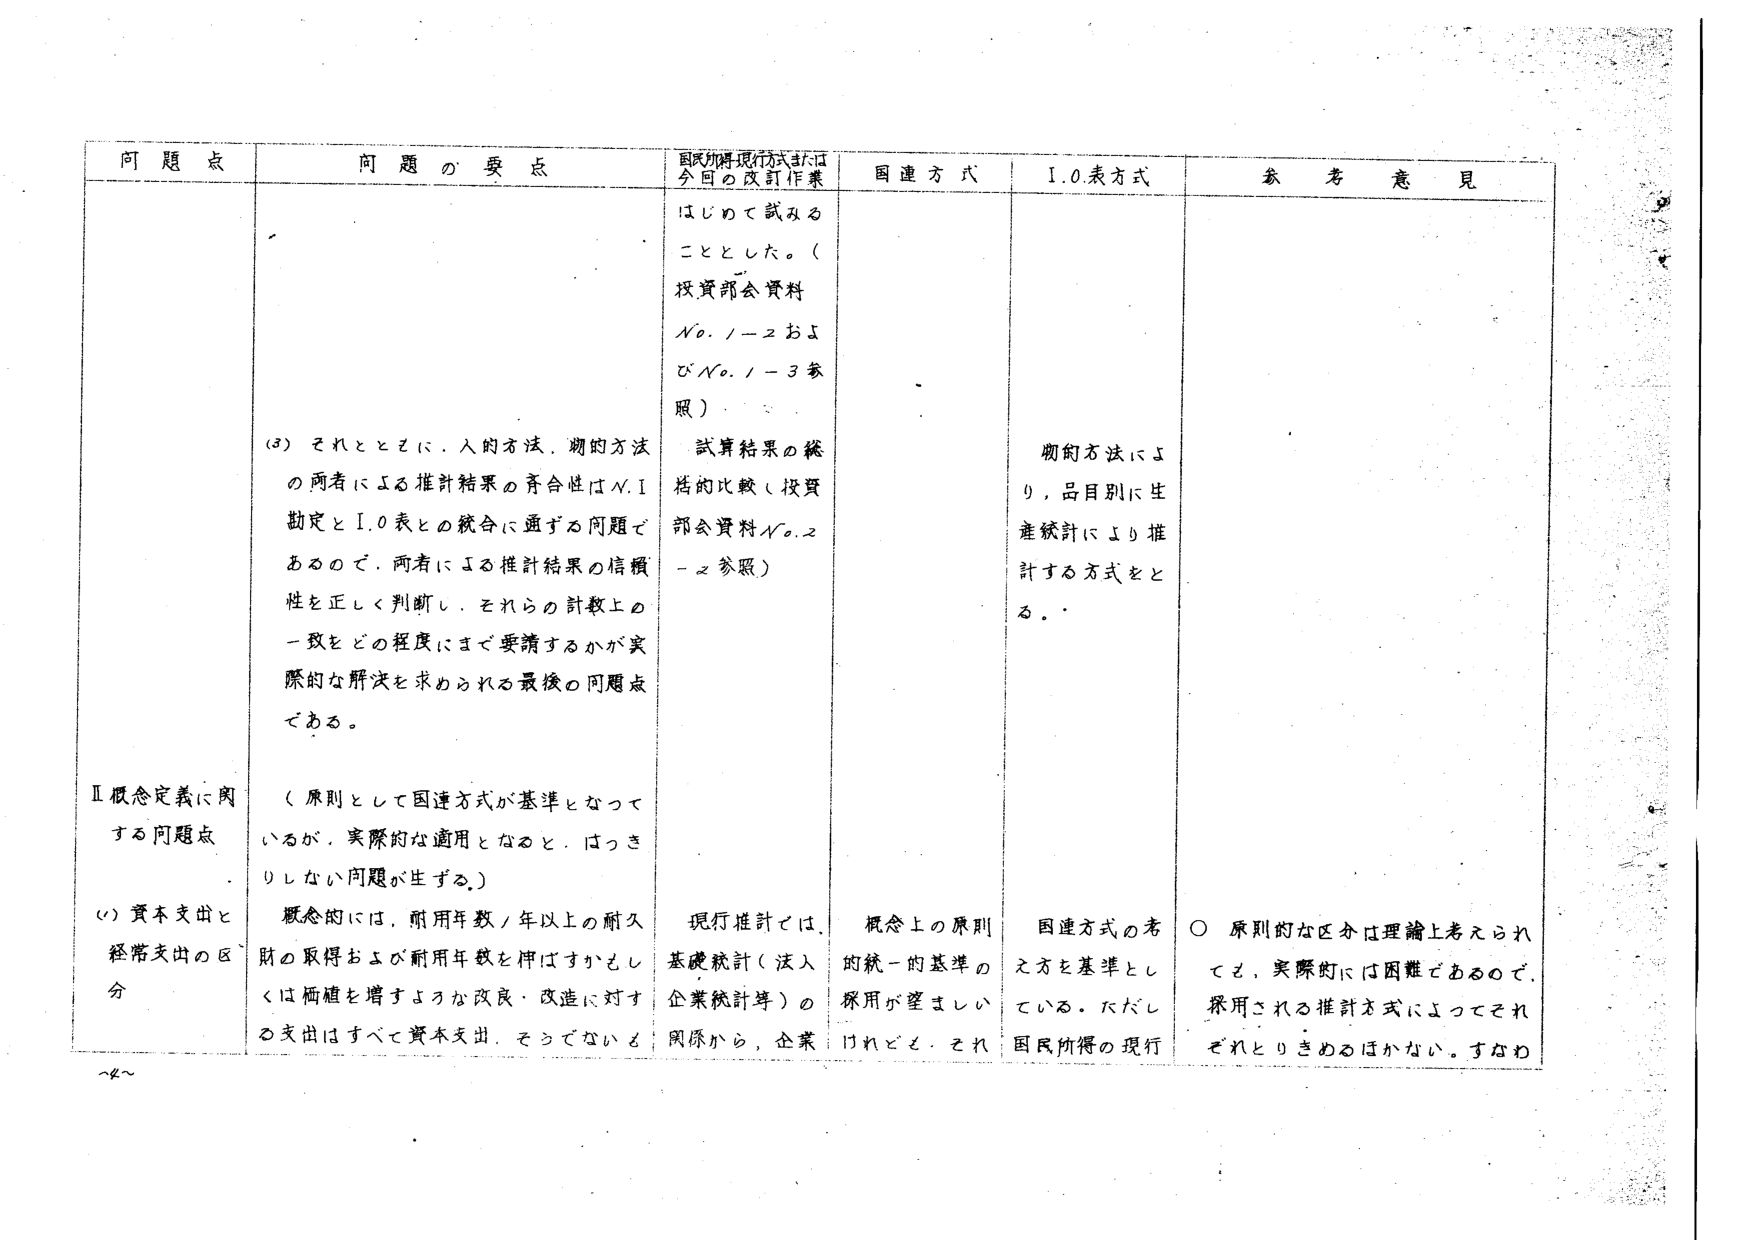
問題点 問題の要点 国民所得現行方式または今回の改訂作業 国連方式 I.O.表方式 参考意見 はじめて試みることとした。(投資部会資料No.1-2およびNo.1-3参照) (3) それとともに、人的方法、物的方法の両者による推計結果の斉合性はN.I勘定とI.O表との統合に通ずる問題であるので、両者による推計結果の信頼性を正しく判断し、それらの計数上の一致をどの程度にまで要請するかが実際的な解決を求められる最後の問題点である。 試算結果の総括的比較(投資部会資料No.2-2参照) 物的方法により、品目別に生産統計により推計する方式をとる。 Ⅱ概念定義に関する問題点 (i) 資本支出と経常支出の区分 (原則として国連方式が基準となって いるが、実際的な適用となると、はっきりしない問題が生ずる。) 概念的には、耐用年数1年以上の耐久財の取得および耐用年数を伸ばすか、もしくは価値を増すような改良・改造に対する支出はすべて資本支出、そうでない支出は経常支出とされる。 現行推計では、基礎統計(法人企業統計等)の関係から、企業 概念上の原則的統一的基準の採用が望ましいけれども、それ 国連方式の考え方を基準としている。ただし国民所得の現行 ○ 原則的な区分は理論上考えられて、実際的には困難であるので、採用される推計方式によってそれぞれとリきめるほかなか。すなわ ~4~